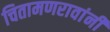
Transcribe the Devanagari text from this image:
चितामणरावांनी